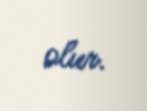
olur.